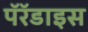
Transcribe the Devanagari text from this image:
पॅरॅडाइस